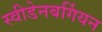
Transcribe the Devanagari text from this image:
स्वीडेनबर्गियन